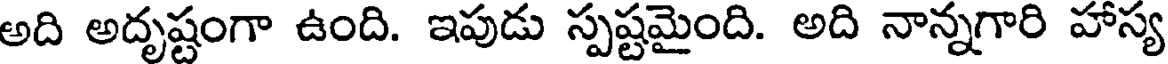
అది అదృష్టంగా ఉంది. ఇపుడు స్పష్టమైంది. అది నాన్నగారి హాస్య